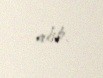
alıb.